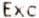
EXC